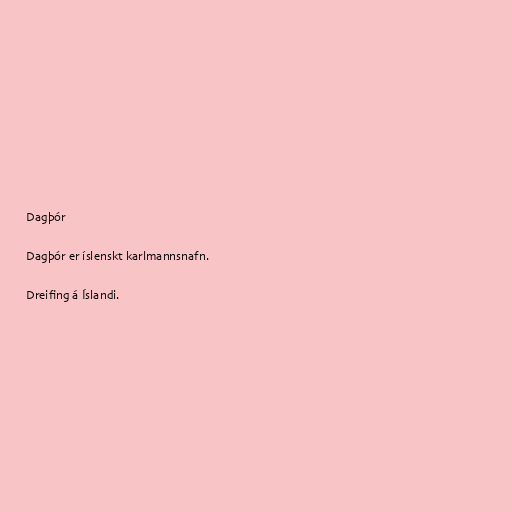
Dagþór

Dagþór er íslenskt karlmannsnafn.

Dreifing á Íslandi.